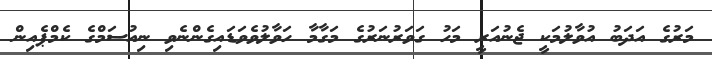
މަރުގެ އަދަބު އުވާލުމަކީ ޖެނުއަރީ މަހު ގަވަރުނަރުގެ މަގާމާ ހަވާލުވެވަޑައިގެންނެވި ނިއުސަމްގެ ކެމްޕެއިން